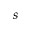
s